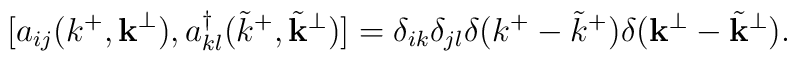
[ a_{i j}(k^+,{\bf k}^{\perp}), a_{k l}^{\dagger}({\tilde k}^+,{\tilde {\bf k}}^{\perp})] = \delta_{i k} \delta_{j l} \delta (k^+ - {\tilde k}^+) \delta ( {\bf k}^{\perp} -  {\tilde {\bf k}}^{\perp} ).